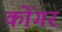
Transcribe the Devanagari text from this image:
कोंगर